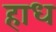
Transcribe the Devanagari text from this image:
हाध